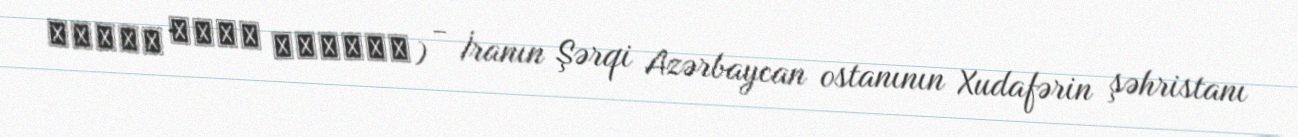
قشلاق مقدم شابنده) - İranın Şərqi Azərbaycan ostanının Xudafərin şəhristanı